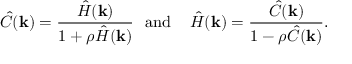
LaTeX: { \hat { C } } ( \mathbf { k } ) = { \frac { { \hat { H } } ( \mathbf { k } ) } { 1 + \rho { \hat { H } } ( \mathbf { k } ) } } \, \, \, \, { \mathrm { a n d } } \, \, \, \, \, \, \, { \hat { H } } ( \mathbf { k } ) = { \frac { { \hat { C } } ( \mathbf { k } ) } { 1 - \rho { \hat { C } } ( \mathbf { k } ) } } .